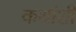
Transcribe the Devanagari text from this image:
कथांशी